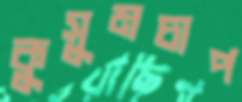
কুসুমচাপ